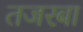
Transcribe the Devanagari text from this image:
तजरबा